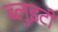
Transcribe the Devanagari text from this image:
ब्लुइटी